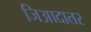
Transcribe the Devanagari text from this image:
जिआदातर